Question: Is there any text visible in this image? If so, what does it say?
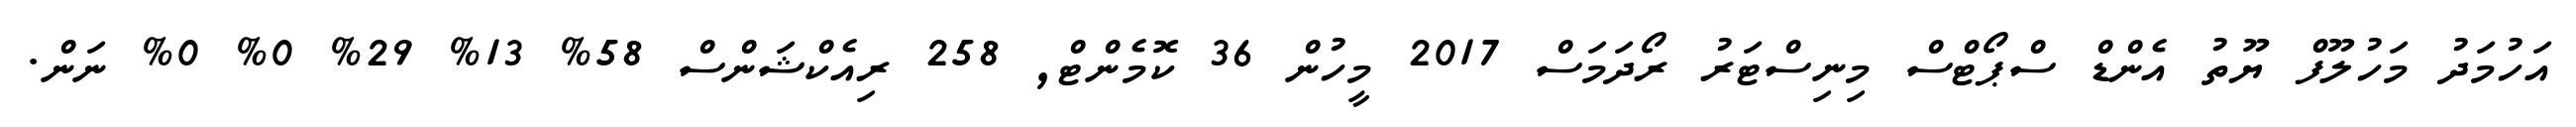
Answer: އަހުމަދު މަހުލޫފް ޔޫތު އެންޑް ސްޕޯޓްސް މިނިސްޓަރު ރޯދަމަސް 2017 މީހުން 36 ކޮމެންޓް, 258 ރިއެކްޝަންސް 58% 13% 29% 0% 0% ނަން.